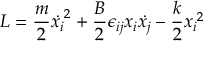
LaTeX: { \cal { L } } = \frac { m } { 2 } { \dot { x _ { i } } } ^ { 2 } + \frac { B } { 2 } \epsilon _ { i j } x _ { i } \dot { x _ { j } } - \frac { k } { 2 } { x _ { i } } ^ { 2 }